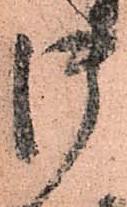
御